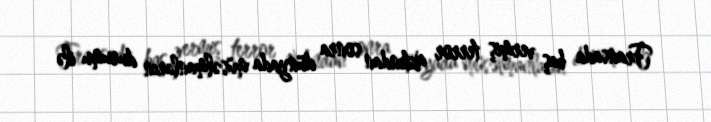
Fransada baş vermiş terror aktından sonra dünyada müsəlmanların durumu ilə